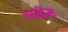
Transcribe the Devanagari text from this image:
गादीस